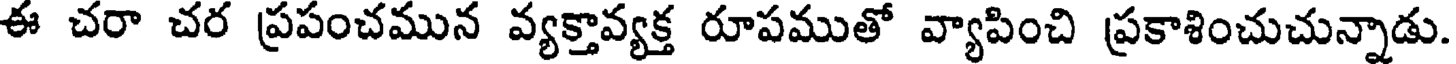
ఈ చరా చర ప్రపంచమున వ్యక్తావ్యక్త రూపముతో వ్యాపించి ప్రకాశించుచున్నాడు.